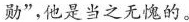
勋”，他是当之无愧的。